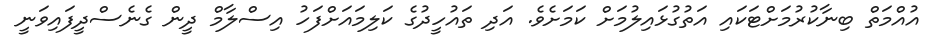
އުއްމަތް ބިނާކުރުމަށްޓަކައި އަތުގުޅައިލުމަށް ކަމަށެވެ. އަދި ތައުހީދުގެ ކަލިމައަށްފަހު އިސްލާމް ދީން ގެނެސްދީފައިވަނީ